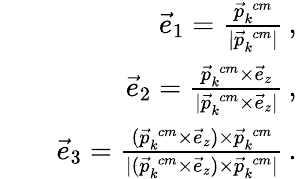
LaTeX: \begin{array}{rlr}&{}&{\vec{e}_{1}=\frac{\vec{p}_{k}^{\; cm}}{|\vec{p}_{k}^{\; cm}|}\, ,}\\ &{}&{\vec{e}_{2}=\frac{\vec{p}_{k}^{\; cm}\times\vec{e}_{z}}{|\vec{p}_{k}^{\; cm}\times\vec{e}_{z}|}\, ,}\\ &{}&{\vec{e}_{3}=\frac{(\vec{p}_{k}^{\; cm}\times\vec{e}_{z})\times\vec{p}_{k}^{\; cm}}{|(\vec{p}_{k}^{\; cm}\times\vec{e}_{z})\times\vec{p}_{k}^{\; cm}|}\, .}\end{array}